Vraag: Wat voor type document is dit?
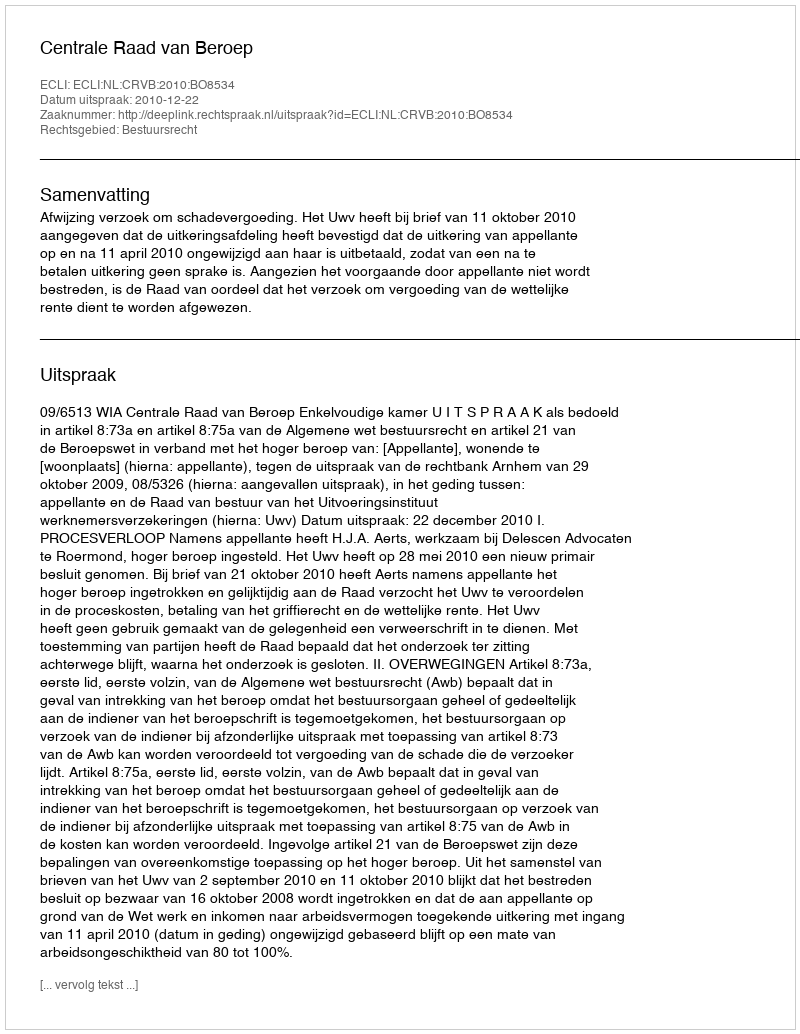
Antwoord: Uitspraak